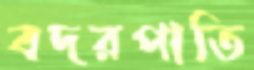
বদরপাতি